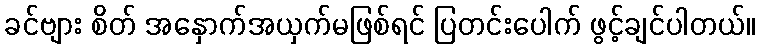
ခင်ဗျား စိတ် အနှောက်အယှက်မဖြစ်ရင် ပြတင်းပေါက် ဖွင့်ချင်ပါတယ်။